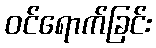
ဝင်ရောက်ခြင်း